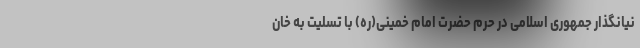
نیانگذار جمهوری اسلامی در حرم حضرت امام خمینی(ره) با تسلیت به خان